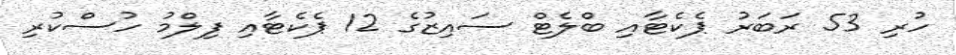
ހުރި 53 ރަބަރު ޕެކެޓާއި ބްލެޓް ސައިޒުގެ 12 ޕެކެޓާއި ފިލްމު ހުސްކުރި